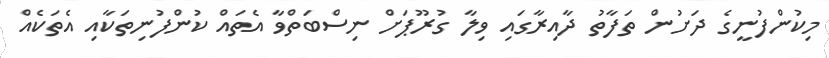
މިކުންފުނީގެ ދަށުން ތަފާތު ދާއިރާގައި ވިލާ ގުރޫޕަށް ނިސްބަތްވާ އެތައް ކުންފުނިތަކާއި އެތަކެއް